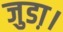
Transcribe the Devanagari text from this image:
जुडा़।